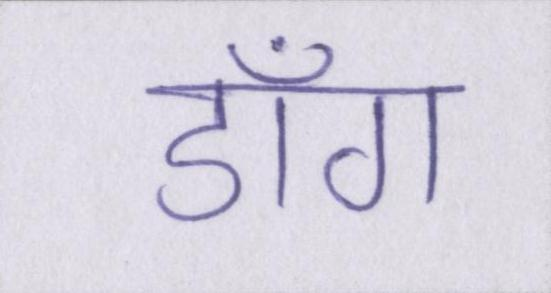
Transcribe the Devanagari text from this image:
डाँग